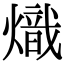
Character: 熾